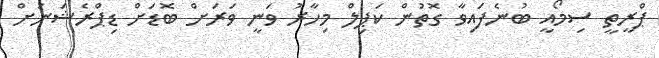
ޕްރީތީ ސިމޯއީ ބުނެފައިވާ ގޮތުން ކަޕިލް މިހާރު ވަނީ ވަރަށް ބޮޑަށް ޑިޕްރެޝަނަށް